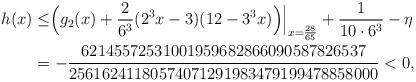
LaTeX: \begin{align*}h(x)&\le \Bigr(g_2(x)+\frac{2}{6^3} (2^3x-3)(12-3^3x)\Bigr)\Bigr|_{x=\frac{28}{65}} + \frac1{10\cdot 6^3}- \eta\\&=-\frac{62145572531001959682866090587826537}{25616241180574071291983479199478858000}<0,\end{align*}